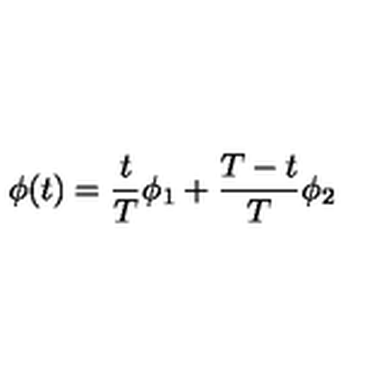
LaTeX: \phi ( t ) = \frac { t } { T } \phi _ { 1 } + \frac { T - t } { T } \phi _ { 2 }